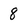
Character: 8